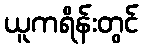
ယူကရိန်းတွင်